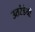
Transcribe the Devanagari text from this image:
उतरंडेची